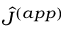
\hat { J } ^ { ( a p p ) }